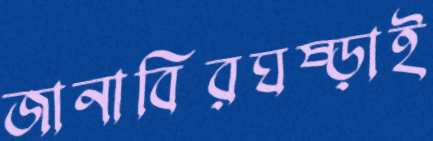
জানাবিরঘষ্‌ড়াই